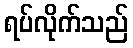
ရပ်လိုက်သည်